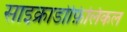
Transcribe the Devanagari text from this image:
साइक्राडोफ़िलिकल